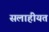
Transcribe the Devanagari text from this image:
सलाहीयत